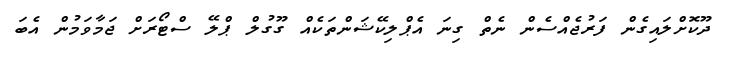
ދޫކޮށްލައިގެން ފަރުޖެއްސެން ނެތް ގިނަ އެޕްލިކޭޝަންތަކެއް ގޫގުލް ޕްލޭ ސްޓޯރަށް ޖަމާވަމުން އެބަ